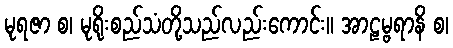
မုရဇာ စ၊ မုရိုးစည်သံတို့သည်လည်းကောင်း။ အာဠမ္ဗရာနိ စ၊